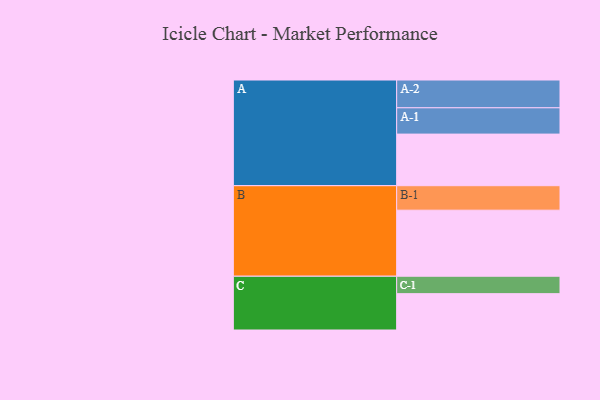
{"axis": {"x": "Segment", "y": "Value"}, "legend": ["", "A", "B", "C"], "data": [{"x": "A", "y": 453, "type": ""}, {"x": "B", "y": 580, "type": ""}, {"x": "C", "y": 319, "type": ""}, {"x": "A-1", "y": 231, "type": "A"}, {"x": "A-2", "y": 244, "type": "A"}, {"x": "B-1", "y": 215, "type": "B"}, {"x": "C-1", "y": 153, "type": "C"}]}